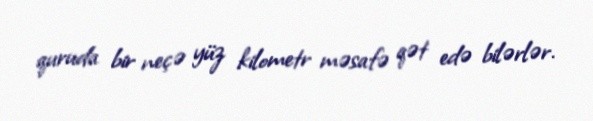
quruda bir neçə yüz kilometr məsafə qət edə bilərlər.